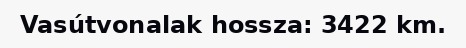
Vasútvonalak hossza: 3422 km.